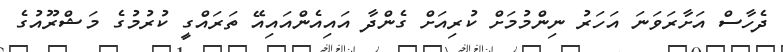
ދެހާސް އަށާރަަވަނަ އަހަރު ނިންމުމަށް ކުރިއަށް ގެންދާ އައިއެންއައިއޭ ތަރައްގީ ކުރުމުގެ މަޝްރޫއުގެ